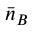
\bar { n } _ { B }